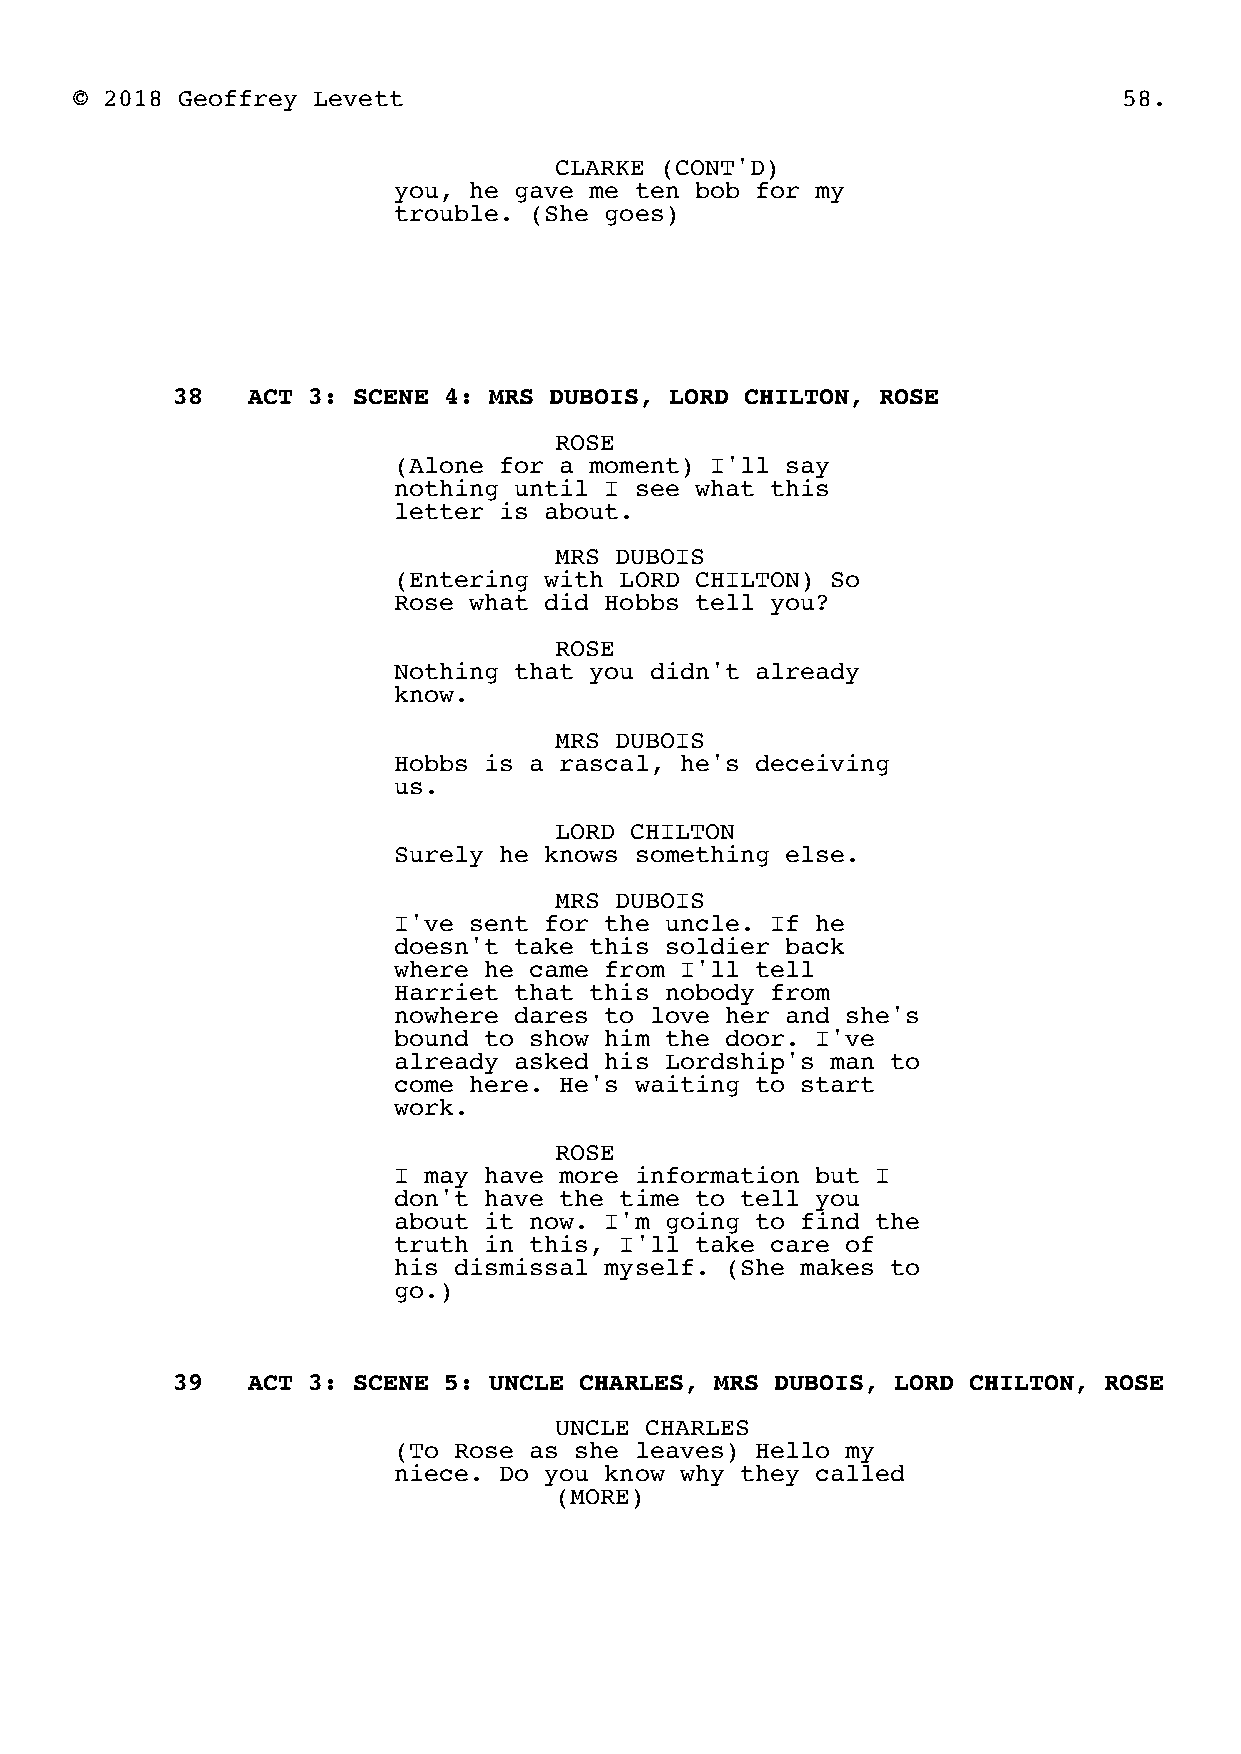
© 2018 Geoffrey Levett                                               58.
 CLARKE (CONT'D)
 you, he gave me ten bob for my
 trouble. (She goes)
 38   ACT 3: SCENE 4: MRS DUBOIS, LORD CHILTON, ROSE
 ROSE
 (Alone for a moment) I'll say
 nothing until I see what this
 letter is about.
 MRS DUBOIS
 (Entering with LORD CHILTON) So
 Rose what did Hobbs tell you?
 ROSE
 Nothing that you didn't already
 know.
 MRS DUBOIS
 Hobbs is a rascal, he's deceiving
 us.
 LORD CHILTON
 Surely he knows something else.
 MRS DUBOIS
 I've sent for the uncle. If he
 doesn't take this soldier back
 where he came from I'll tell
 Harriet that this nobody from
 nowhere dares to love her and she's
 bound to show him the door. I've
 already asked his Lordship's man to
 come here. He's waiting to start
 work.
 ROSE
 I may have more information but I
 don't have the time to tell you
 about it now. I'm going to find the
 truth in this, I'll take care of
 his dismissal myself. (She makes to
 go.)
 39   ACT 3: SCENE 5: UNCLE CHARLES, MRS DUBOIS, LORD CHILTON, ROSE
 UNCLE CHARLES
 (To Rose as she leaves) Hello my
 niece. Do you know why they called
 (MORE)